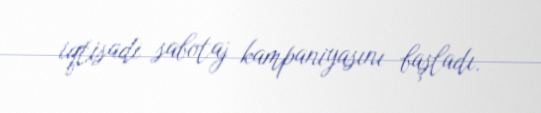
iqtisadi sabotaj kampaniyasını başladı.